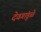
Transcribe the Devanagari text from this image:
देवगांडुळे